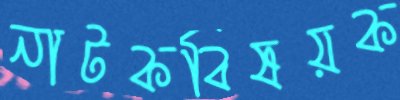
নাটকবিষয়ক